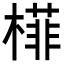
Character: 𬄟